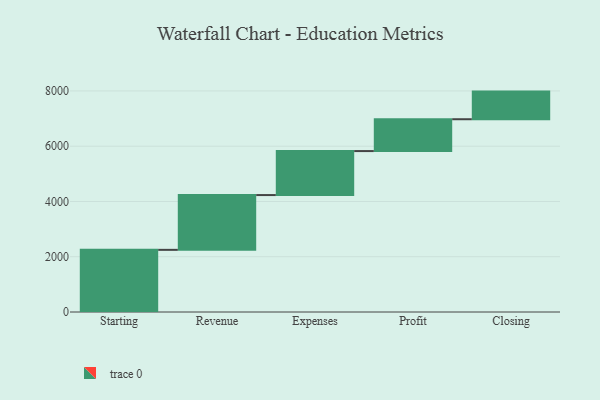
{"axis": {"x": "Step", "y": "Value"}, "legend": [""], "data": [{"x": "Starting", "y": 2249.0, "type": ""}, {"x": "Revenue", "y": 1983.0, "type": ""}, {"x": "Expenses", "y": 1592.0, "type": ""}, {"x": "Profit", "y": 1152.0, "type": ""}, {"x": "Closing", "y": 1000, "type": ""}]}